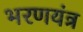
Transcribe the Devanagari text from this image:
भरणयंत्र